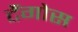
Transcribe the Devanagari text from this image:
टैंगोस